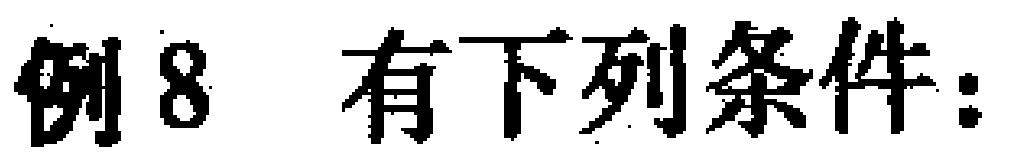
例8 有下列条件：